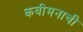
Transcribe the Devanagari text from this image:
कवीमनाची